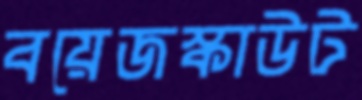
বয়েজস্কাউট